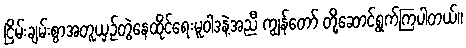
ငြိမ်းချမ်းစွာအတူယှဉ်တွဲနေထိုင်ရေးမူဝါဒနဲ့အညီ ကျွန်တော် တို့ဆောင်ရွက်ကြပါတယ်။